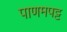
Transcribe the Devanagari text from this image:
पाणमपट्ट